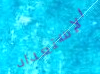
الإستعداد